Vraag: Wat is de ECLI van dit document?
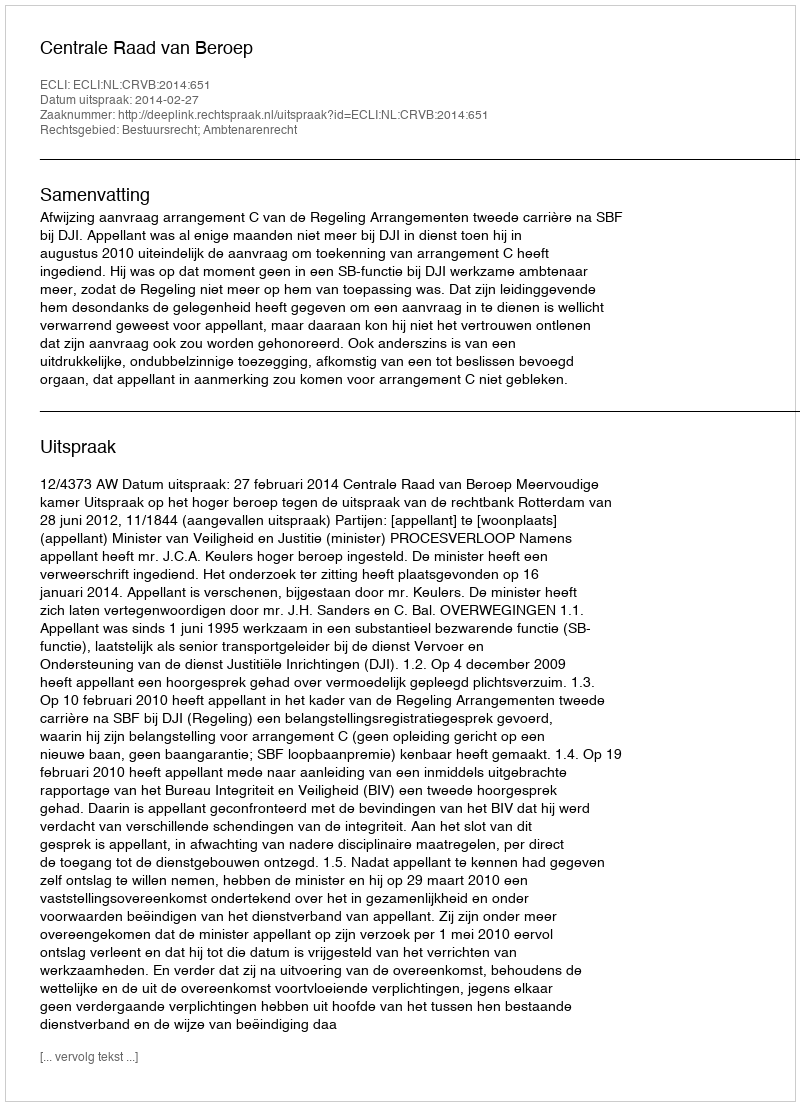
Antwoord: ECLI:NL:CRVB:2014:651